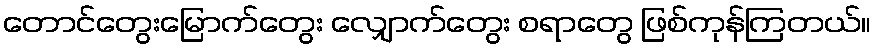
တောင်တွေးမြောက်တွေး လျှောက်တွေး စရာတွေ ဖြစ်ကုန်ကြတယ်။